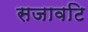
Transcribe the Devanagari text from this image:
सजावटि